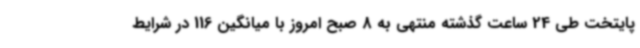
پایتخت طی 24 ساعت گذشته منتهی به 8 صبح امروز با میانگین 116 در شرایط